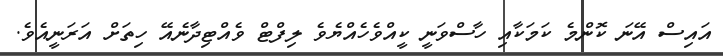
އައިސް އޭނަ ކޮންމެ ކަމަކާއި ހާސްވަނީ ކީއްވެހެއްޔެވެ ލިފްޓް ވެއްޓިދާނެއޭ ހިތަށް އަރަނީއެވެ.